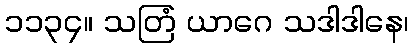
၁၁၃၄။ သတြံ ယာဂေ သဒါဒါနေ၊